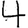
Digit: 4